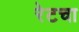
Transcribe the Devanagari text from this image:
रेटचा